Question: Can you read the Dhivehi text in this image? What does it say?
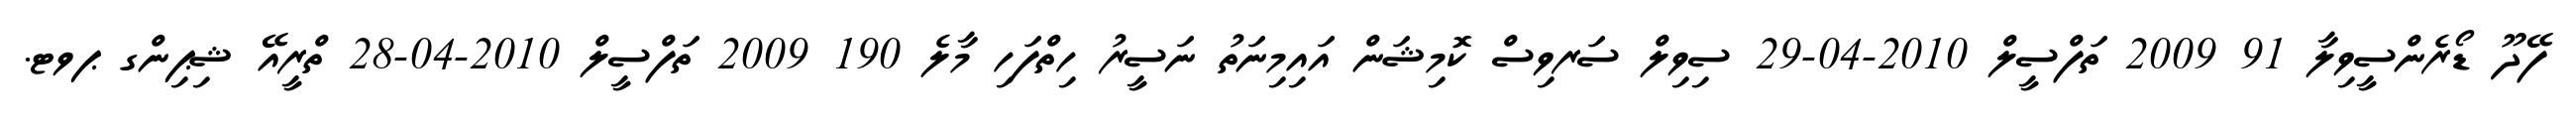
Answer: ފޭދޫ ޑޯރެންސީވިލާ 91 2009 ތަފްސީލް 2010-04-29 ސިވިލް ސަރވިސް ކޮމިޝަން އައިމިނަތު ނަސީރު ހިތްފަހި މާލެ 190 2009 ތަފްސީލް 2010-04-28 ތްރީއޭ ޝިޕިންގ ޕވޓ.